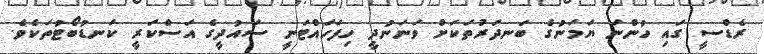
ރެޑްސީ ގައި ހުންނަ ޔަމަނުގެ ބަނދަރުތަކަށް ވަނަނުދީ ހިފަހައްޓަނީ ސައުދީގެ އަސްކަރީ ކަނޑުބޯޓުތަކެވެ.